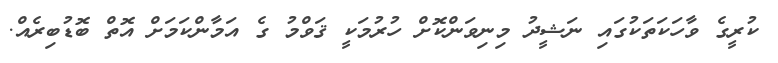
ކުރީގެ ވާހަކަތަކުގައި ނަޝީދު މިނިވަންކޮށް ހުރުމަކީ ޤަވްމު ގެ އަމާންކަމަށް އޮތް ބޮޑުބިރެއް.